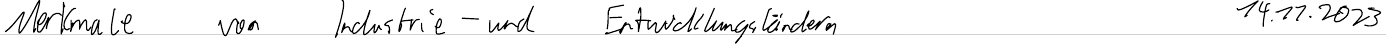
Merkmale von Industrie- und Entwicklungsländern   14.11.2023